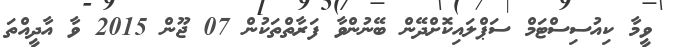
ވީމާ ކިއުސިސްޓަމް ސަޕްލައިކޮށްދޭން ބޭނުންވާ ފަރާތްތަކުން 07 ޖޫން 2015 ވާ އާދީއްތަ